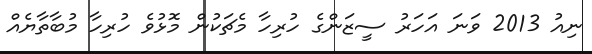
ނިއު 2013 ވަނަ އަހަރު ސީޒަންގެ ހުރިހާ މެޗަކުން މޮޅުވެ ހުރިހާ މުބާތާޔެއް